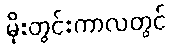
မိုးတွင်းကာလတွင်